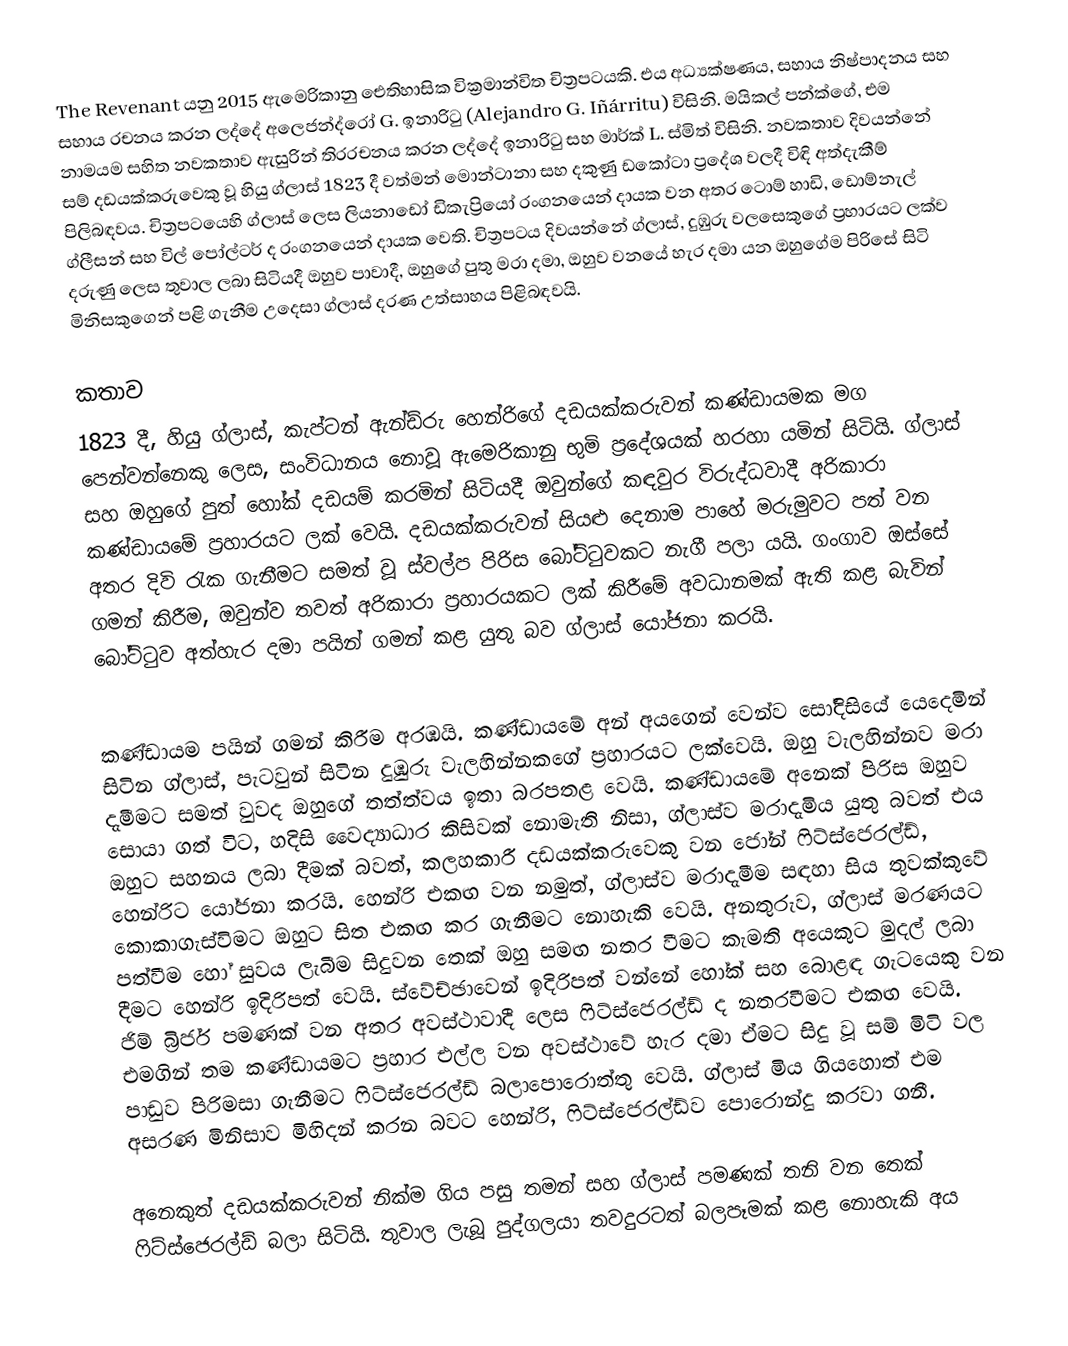
The Revenant යනු 2015 ඇමෙරිකානු ඓතිහාසික වික්‍රමාන්විත චිත්‍රපටයකි. එය අධ්‍යක්ෂණය, සහාය නිෂ්පාදනය සහ සහාය රචනය කරන ලද්දේ අලෙජන්ද්රෝ G. ඉනාරිටු (Alejandro G. Iñárritu) විසිනි. මයිකල් පන්ක්ගේ, එම නාමයම සහිත නවකතාව ඇසුරින් තිරරචනය කරන ලද්දේ ඉනාරිටු සහ මාර්ක් L. ස්මිත් විසිනි. නවකතාව දිවයන්නේ සම් දඩයක්කරුවෙකු වූ හියු ග්ලාස් 1823 දී වත්මන් මොන්ටානා සහ දකුණු ඩකෝටා ප්‍රදේශ වලදී විඳි අත්දැකීම් පිලිබඳවය. චිත්‍රපටයෙහි ග්ලාස් ලෙස ලියනාඩෝ ඩිකැප්‍රියෝ රංගනයෙන් දායක වන අතර ටොම් හාඩි, ඩොම්නැල් ග්ලීසන් සහ විල් පෝල්ටර් ද රංගනයෙන් දායක වෙති. චිත්‍රපටය දිවයන්නේ ග්ලාස්, දුඹුරු වලසෙකුගේ ප්‍රහාරයට ලක්ව දරුණු ලෙස තුවාල ලබා සිටියදී ඔහුව පාවාදී, ඔහුගේ පුතු මරා දමා, ඔහුව වනයේ හැර දමා යන ඔහුගේම පිරිසේ සිටි මිනිසකුගෙන් පළි ගැනීම උදෙසා ග්ලාස් දරණ උත්සාහය පිළිබඳවයි.

කතාව
1823 දී, හියු ග්ලාස්, කැප්ටන් ඇන්ඩ්රු හෙන්රිගේ දඩයක්කරුවන් කණ්ඩායමක මග පෙන්වන්නෙකු ලෙස, සංවිධානය නොවූ ඇමෙරිකානු භුමි ප්‍රදේශයක් හරහා යමින් සිටියි. ග්ලාස් සහ ඔහුගේ  පුත් හෝක් දඩයම් කරමින් සිටියදී ඔවුන්ගේ කඳවුර විරුද්ධවාදී අරිකාරා කණ්ඩායමේ ප්‍රහාරයට ලක් වෙයි. දඩයක්කරුවන් සියළු දෙනාම පාහේ මරුමුවට පත් වන අතර දිවි රැක ගැනීමට සමත් වූ ස්වල්ප පිරිස බෝට්ටුවකට නැගී පලා යයි. ගංගාව ඔස්සේ ගමන් කිරීම, ඔවුන්ව තවත් අරිකාරා ප්‍රහාරයකට ලක් කිරීමේ අවධානමක් ඇති කළ බැවින් බෝට්ටුව අත්හැර දමා පයින් ගමන් කළ යුතු බව ග්ලාස් යෝජනා කරයි.

කණ්ඩායම පයින් ගමන් කිරීම අරඹයි. කණ්ඩායමේ අන් අයගෙන් වෙන්ව සෝදිසියේ යෙදෙමින් සිටින ග්ලාස්, පැටවුන් සිටින දුඹුරු වැලහින්නකගේ ප්‍රහාරයට ලක්වෙයි. ඔහු වැලහින්නව මරා දැමීමට සමත් වුවද ඔහුගේ තත්ත්වය ඉතා බරපතළ වෙයි. කණ්ඩායමේ අනෙක් පිරිස ඔහුව සොයා ගත් විට, හදිසි වෛද්‍යාධාර කිසිවක් නොමැති නිසා, ග්ලාස්ව මරාදැමිය යුතු බවත් එය ඔහුට සහනය ලබා දීමක් බවත්, කලහකාරී දඩයක්කරුවෙකු වන ජෝන් ෆිට්ස්ජෙරල්ඩ්, හෙන්රිට යෝජනා කරයි. හෙන්රි එකඟ වන නමුත්, ග්ලාස්ව මරාදැමීම සඳහා සිය තුවක්කුවේ කොකාගැස්විමට ඔහුට සිත එකඟ කර ගැනීමට නොහැකි වෙයි. අනතුරුව, ග්ලාස් මරණයට පත්වීම හෝ සුවය ලැබීම සිදුවන තෙක් ඔහු සමඟ නතර වීමට කැමති අයෙකුට මුදල් ලබා දීමට හෙන්රි ඉදිරිපත් වෙයි. ස්වේච්ඡාවෙන් ඉදිරිපත් වන්නේ හෝක් සහ බොළඳ ගැටයෙකු වන ජිම් බ්‍රිජර් පමණක් වන අතර අවස්ථාවාදී ලෙස ෆිට්ස්ජෙරල්ඩ් ද නතරවීමට එකඟ වෙයි. එමගින් තම කණ්ඩායමට ප්‍රහාර එල්ල වන අවස්ථාවේ හැර දමා ඒමට සිදු වූ සම් මිටි වල පාඩුව පිරිමසා ගැනීමට ෆිට්ස්ජෙරල්ඩ් බලාපොරොත්තු වෙයි. ග්ලාස් මිය ගියහොත් එම අසරණ මිනිසාව මිහිදන් කරන බවට හෙන්රි, ෆිට්ස්ජෙරල්ඩ්ව පොරොන්දු කරවා ගනී.

අනෙකුත් දඩයක්කරුවන් නික්ම ගිය පසු තමන් සහ ග්ලාස් පමණක් තනි වන තෙක් ෆිට්ස්ජෙරල්ඩ් බලා සිටියි. තුවාල ලැබූ පුද්ගලයා තවදුරටත් බලපෑමක් කළ නොහැකි අය